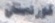
كوردستان